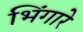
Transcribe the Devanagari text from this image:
भिंगारे